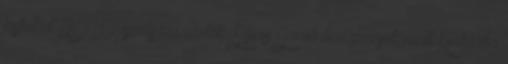
kisfiukat 2010 áprilisára várták. Sajnos Januárban görcsök miatt Kórházba